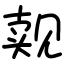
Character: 觌